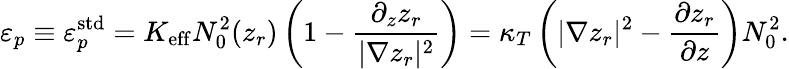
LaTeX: \varepsilon_{p}\equiv\varepsilon_{p}^{\mathrm{std}}=K_{\mathrm{eff}}N_{0}^{2}(z_{r})\left(1-\frac{\partial_{z}z_{r}}{|\nabla z_{r}|^{2}}\right)=\kappa_{T}\left(|\nabla z_{r}|^{2}-\frac{\partial z_{r}}{\partial z}\right)N_{0}^{2}.